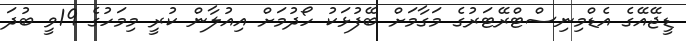
ޑީޖޭއޭގެ އެޑްމިނިސްޓްރޭޓަރުގެ މަގާމަށް ބޭފުޅަކު ހޯދުމަށް އިއުލާން ކުރީ މިމަހުގެ 19ވީ ބުދަ